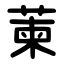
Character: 萰